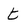
Character: t